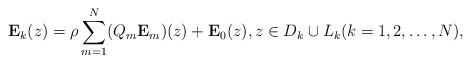
LaTeX: \begin{align*}\mathbf E_k(z) = \rho \sum_{m=1}^N (Q_m \mathbf E_m) (z)+ \mathbf E_0(z), z\in D_k \cup L_k (k=1,2,\ldots,N),\end{align*}